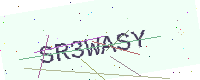
Text: SR3WASY